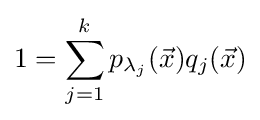
1=\sum _{j=1}^{k}p_{\lambda _{j}}({\vec {x}})q_{j}({\vec {x}})